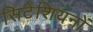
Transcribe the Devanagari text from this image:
सिटेशियनों